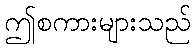
ဤစကားများသည်